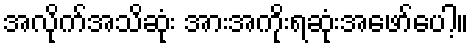
အလိုက်အသိဆုံး အားအကိုးရဆုံးအဖော်ပေါ့။